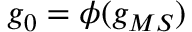
g _ { 0 } = \phi ( g _ { M S } )